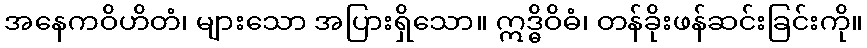
အနေကဝိဟိတံ၊ များသော အပြားရှိသော။ ဣဒ္ဓိဝိဓံ၊ တန်ခိုးဖန်ဆင်းခြင်းကို။